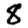
Digit: 8